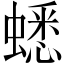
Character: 蟋